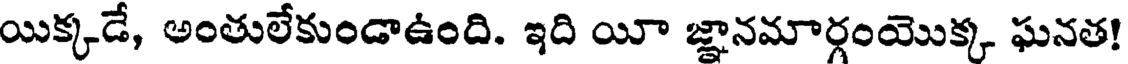
యిక్కడే, అంతులేకుండాఉంది. ఇది యీ జ్ఞానమార్గంయొక్క ఘనత!